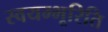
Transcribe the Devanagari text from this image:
स्वयम्भूरिति